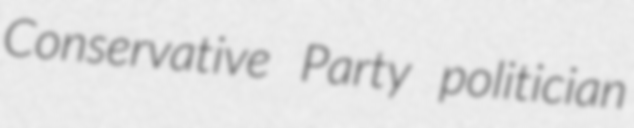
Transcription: Conservative Party politician